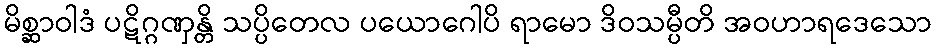
မိစ္ဆာဝါဒံ ပဋိဂ္ဂဏှန္တိ သပ္ပိတေလ ပယောဂေါပိ ရာမော ဒိဝသမ္ပီတိ အဝဟာရဒေသော